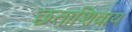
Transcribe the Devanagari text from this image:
छताशिवाय